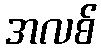
အလစ်